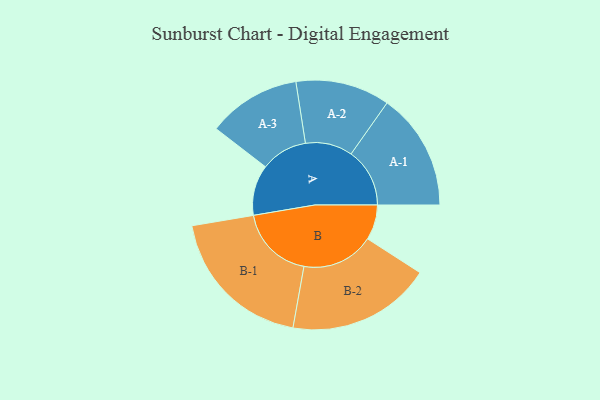
{"axis": {"x": "Segment", "y": "Value"}, "legend": ["", "A", "B"], "data": [{"x": "A", "y": 180, "type": ""}, {"x": "B", "y": 125, "type": ""}, {"x": "A-1", "y": 209, "type": "A"}, {"x": "A-2", "y": 168, "type": "A"}, {"x": "A-3", "y": 166, "type": "A"}, {"x": "B-1", "y": 268, "type": "B"}, {"x": "B-2", "y": 257, "type": "B"}]}